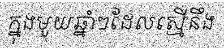
ក្នុងមួយឆ្នាំៗដែលស្មើនឹង